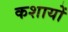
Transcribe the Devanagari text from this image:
कशायों